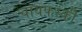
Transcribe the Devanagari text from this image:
चायफ़्स्की